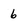
Character: 6